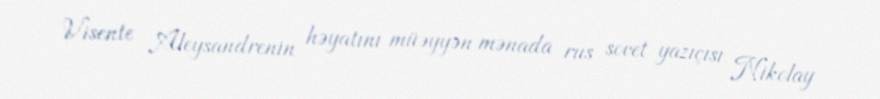
Visente Aleysandrenin həyatını müəyyən mənada rus sovet yazıçısı Nikolay